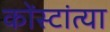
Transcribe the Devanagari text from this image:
कोंस्टांत्या